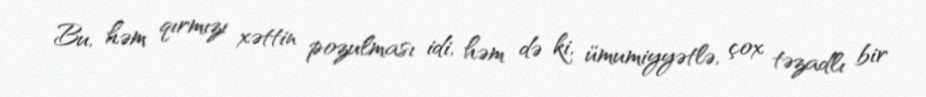
Bu, həm qırmızı xəttin pozulması idi, həm də ki, ümumiyyətlə, çox təzadlı bir